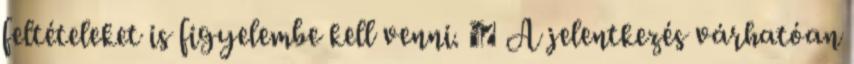
feltételeket is figyelembe kell venni.  A jelentkezés várhatóan